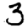
Digit: 3